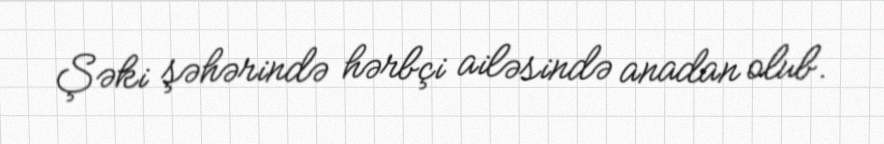
Şəki şəhərində hərbçi ailəsində anadan olub.